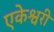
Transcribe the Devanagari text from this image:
एकेश्वरी